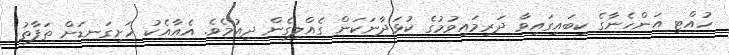
ހުއްޓި އަންހެނާގެ ކިބައިގައިވާ ދަރިމައިވުމުގެ ކުޅަދާނަކަން ގެއްލިގެން ދިއުމެވެ. އެއާއެކު ހަށިގަނޑަށް ތަފާތު